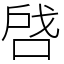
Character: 啔